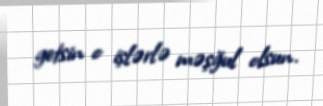
getsin o işlərlə məşğul olsun.